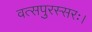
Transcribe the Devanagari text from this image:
वत्सपुरस्सरः।